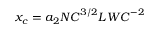
x _ { c } = a _ { 2 } { N C } ^ { 3 / 2 } { L W C } ^ { - 2 }